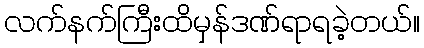
လက်နက်ကြီးထိမှန်ဒဏ်ရာရခဲ့တယ်။